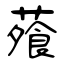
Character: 蕵